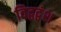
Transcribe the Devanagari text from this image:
विद्वद्वंश